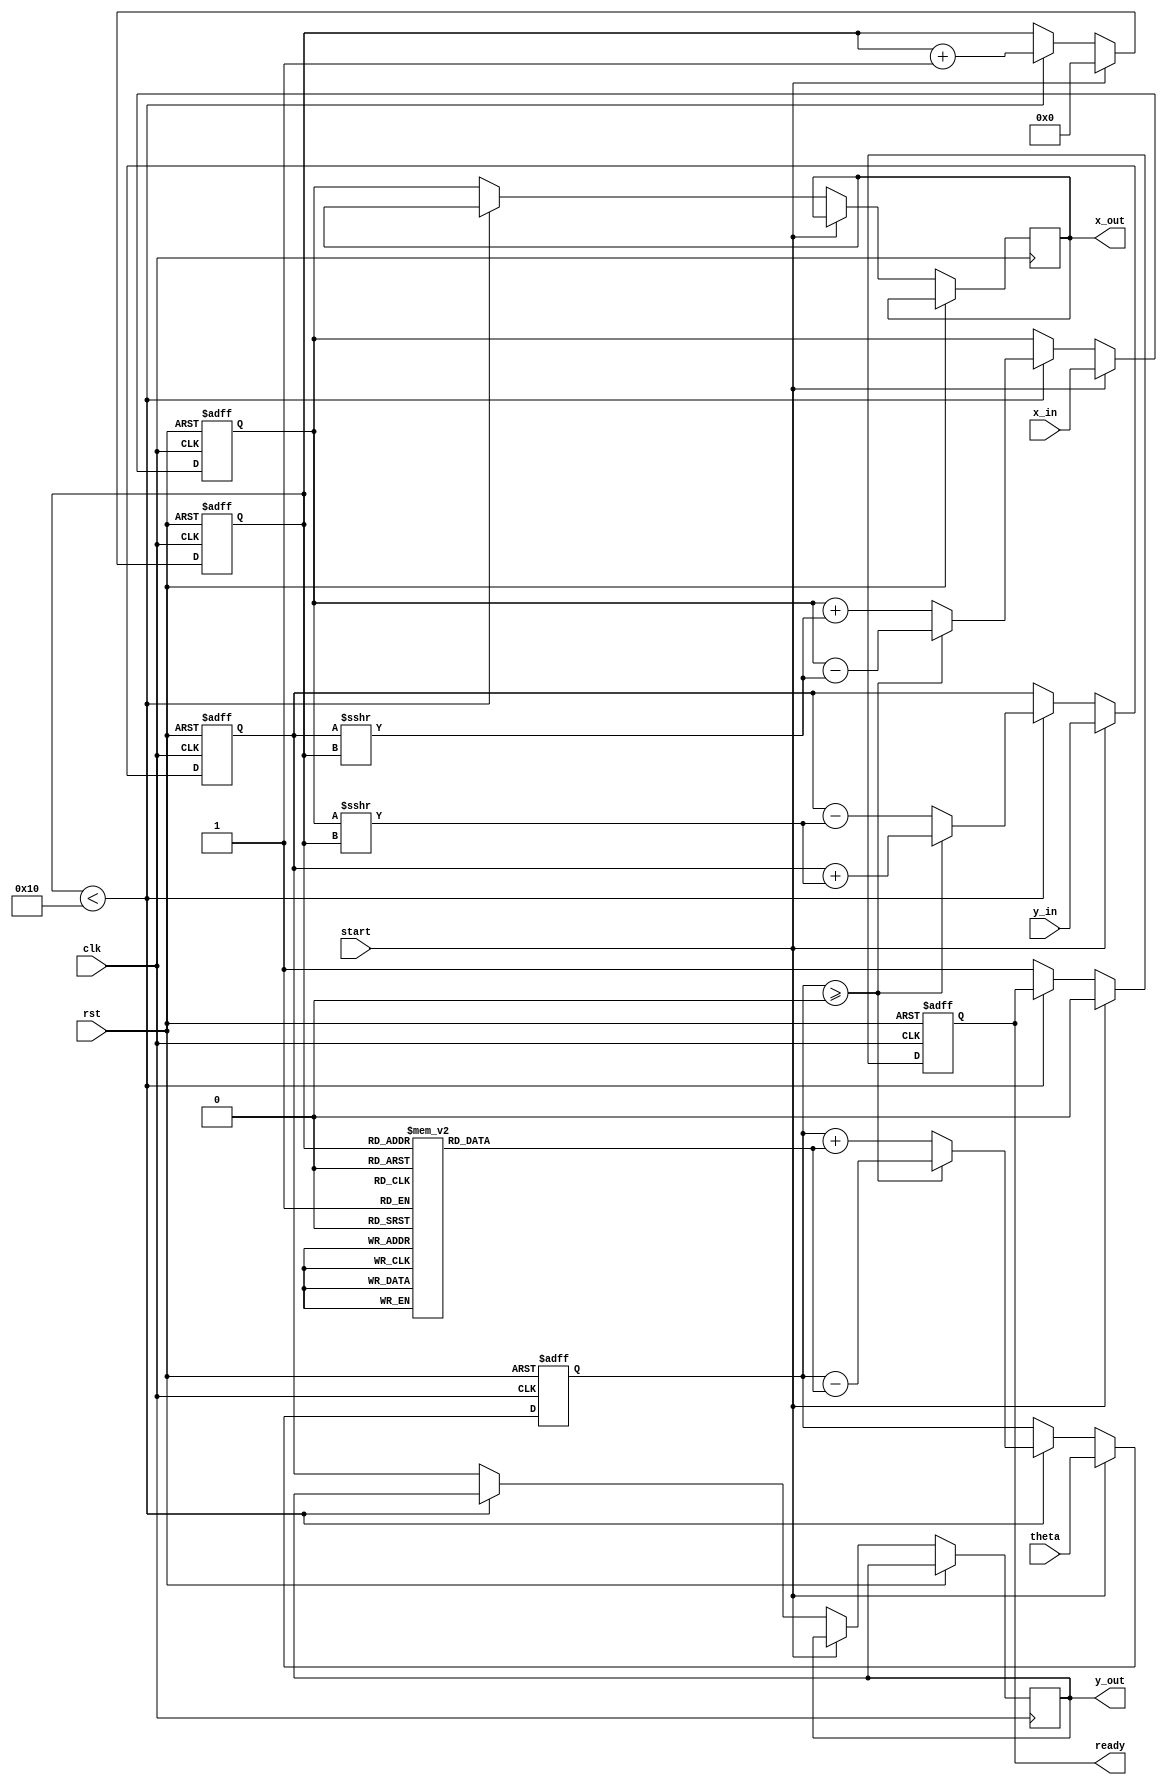
module hyperbolic_cordic(
    input clk,
    input rst,
    input start,
    input signed [15:0] theta, // Angle input in fixed-point format
    input signed [15:0] x_in,   // Initial x vector
    input signed [15:0] y_in,   // Initial y vector
    output reg signed [15:0] x_out, // Output x (cosh)
    output reg signed [15:0] y_out, // Output y (sinh)
    output reg ready
);
    parameter ITERATIONS = 16; // Number of iterations
    reg [3:0] iteration_count; // To count iterations
    reg [15:0] x, y;           // Internal x, y
    reg signed [15:0] z;       // Angle accumulator
    reg signed [15:0] angle_table [0:ITERATIONS-1]; // Lookup for arctanh values

    // Precompute hyperbolic arctangent values
    initial begin
        angle_table[0] = 16'h0000;
        angle_table[1] = 16'h0B83; // arctanh(0.5)
        angle_table[2] = 16'h14B5; // arctanh(0.3333)
        angle_table[3] = 16'h1C71; // arctanh(0.25)
        angle_table[4] = 16'h20C4; // arctanh(0.2)
        angle_table[5] = 16'h229A; // arctanh(0.1818)
        angle_table[6] = 16'h22DA; // arctanh(0.1667)
        angle_table[7] = 16'h2303; // arctanh(0.1538)
        angle_table[8] = 16'h2311; // arctanh(0.1429)
        angle_table[9] = 16'h231D; // arctanh(0.1333)
        angle_table[10] = 16'h2324; // arctanh(0.125)
        angle_table[11] = 16'h2328; // arctanh(0.1176)
        angle_table[12] = 16'h232B; // arctanh(0.1111)
        angle_table[13] = 16'h232D; // arctanh(0.1053)
        angle_table[14] = 16'h232F; // arctanh(0.1)
        angle_table[15] = 16'h2330; // arctanh(0.0952)
    end

    // State machine to control the iterations
    always @(posedge clk or posedge rst) begin
        if (rst) begin
            x <= 0;
            y <= 0;
            z <= 0;
            iteration_count <= 0;
            ready <= 0;
        end else if (start) begin
            x <= x_in;
            y <= y_in;
            z <= theta;
            iteration_count <= 0;
            ready <= 0;
        end else if (iteration_count < ITERATIONS) begin
            if (z >= 0) begin // Perform rotation
                x <= x - (y >>> iteration_count);
                y <= y + (x >>> iteration_count);
                z <= z - angle_table[iteration_count];
            end else begin
                x <= x + (y >>> iteration_count);
                y <= y - (x >>> iteration_count);
                z <= z + angle_table[iteration_count];
            end
            iteration_count <= iteration_count + 1;
        end else begin
            x_out <= x; // Store final results
            y_out <= y;
            ready <= 1; // Indicate that output is ready
        end
    end
endmodule